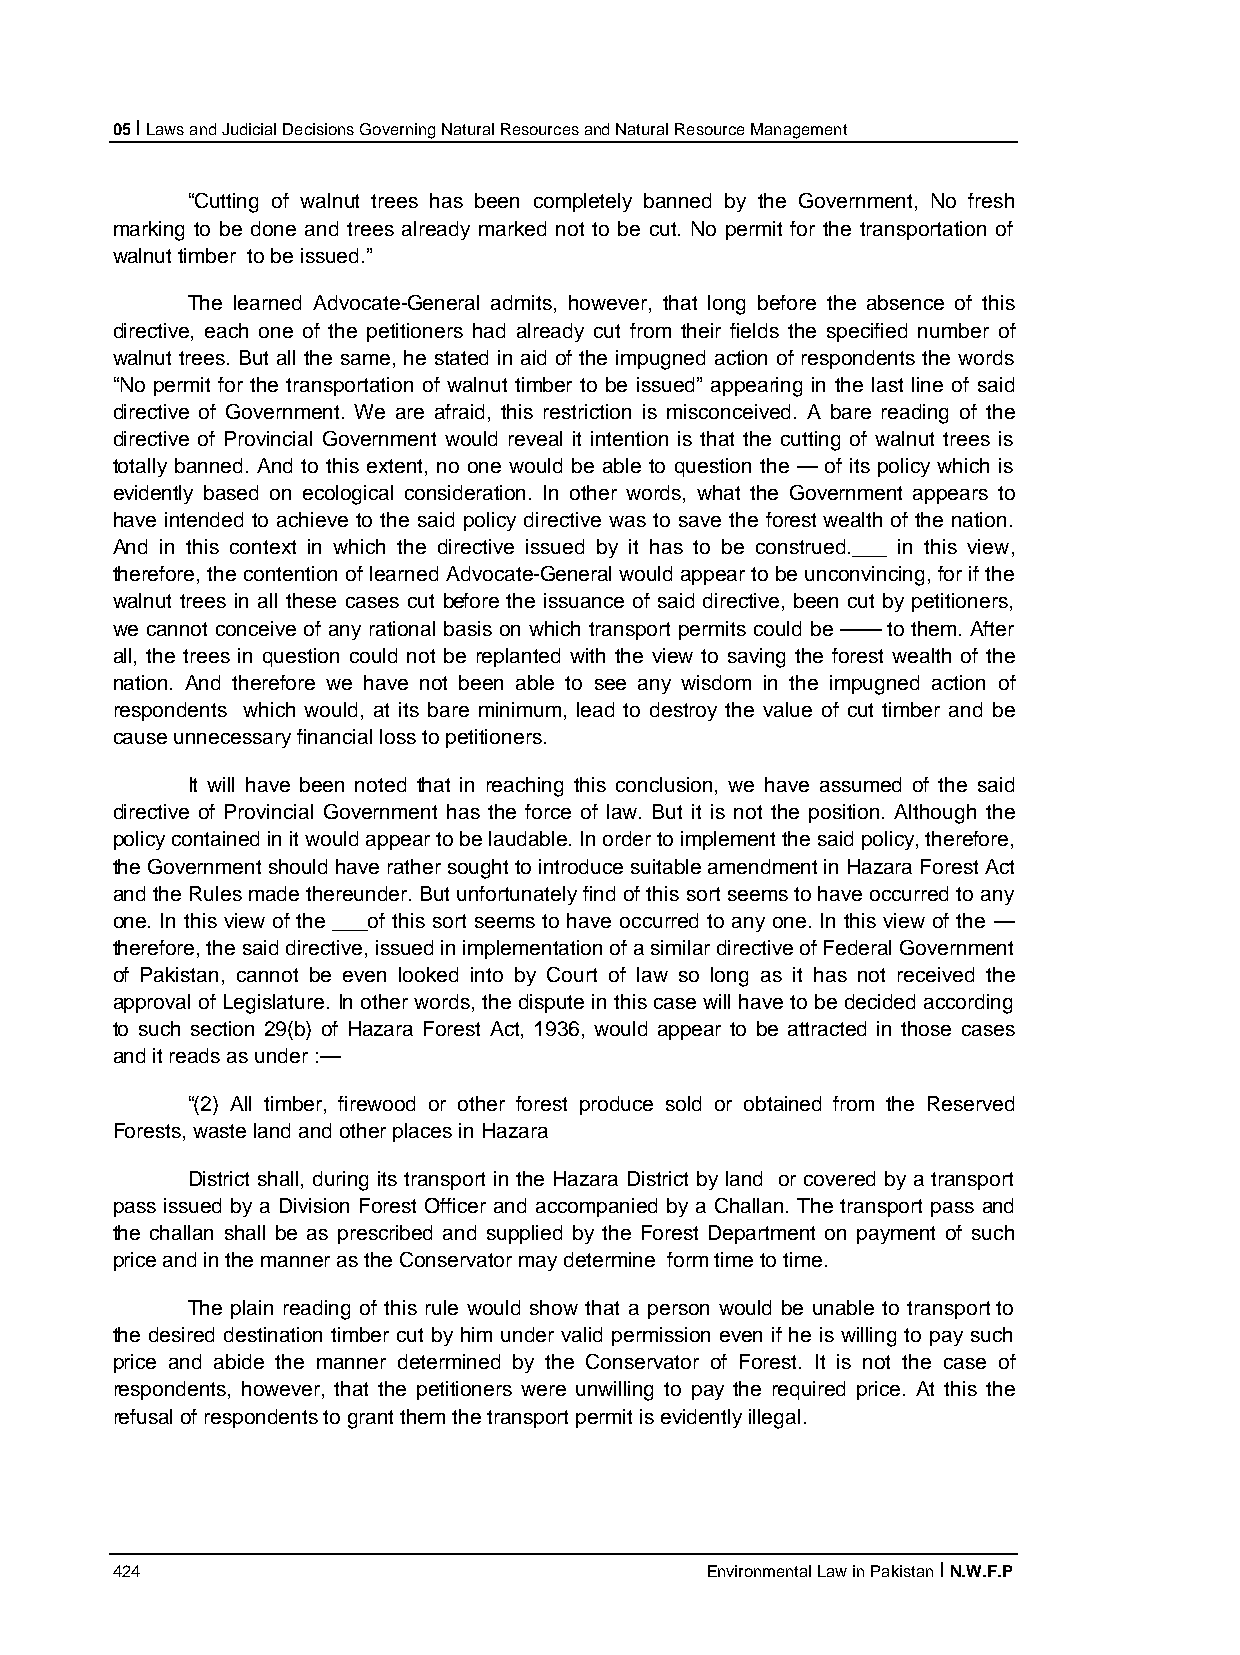
05 I Laws and Judicial Decisions Governing Natural Resources and Natural Resource Management
 “Cutting of walnut trees has been completely banned by the Government, No fresh
 marking to be done and trees already marked not to be cut. No permit for the transportation of
 walnut timber to be issued.”
 The learned Advocate-General admits, however, that long before the absence of this
 directive, each one of the petitioners had already cut from their fields the specified number of
 walnut trees. But all the same, he stated in aid of the impugned action of respondents the words
 “No permit for the transportation of walnut timber to be issued” appearing in the last line of said
 directive of Government. We are afraid, this restriction is misconceived. A bare reading of the
 directive of Provincial Government would reveal it intention is that the cutting of walnut trees is
 totally banned. And to this extent, no one would be able to question the — of its policy which is
 evidently based on ecological consideration. In other words, what the Government appears to
 have intended to achieve to the said policy directive was to save the forest wealth of the nation.
 And in this context in which the directive issued by it has to be construed.___ in this view,
 therefore, the contention of learned Advocate-General would appear to be unconvincing, for if the
 walnut trees in all these cases cut before the issuance of said directive, been cut by petitioners,
 we cannot conceive of any rational basis on which transport permits could be —— to them. After
 all, the trees in question could not be replanted with the view to saving the forest wealth of the
 nation. And therefore we have not been able to see any wisdom in the impugned action of
 respondents which would, at its bare minimum, lead to destroy the value of cut timber and be
 cause unnecessary financial loss to petitioners.
 It will have been noted that in reaching this conclusion, we have assumed of the said
 directive of Provincial Government has the force of law. But it is not the position. Although the
 policy contained in it would appear to be laudable. In order to implement the said policy, therefore,
 the Government should have rather sought to introduce suitable amendment in Hazara Forest Act
 and the Rules made thereunder. But unfortunately find of this sort seems to have occurred to any
 one. In this view of the ___of this sort seems to have occurred to any one. In this view of the —
 therefore, the said directive, issued in implementation of a similar directive of Federal Government
 of Pakistan, cannot be even looked into by Court of law so long as it has not received the
 approval of Legislature. In other words, the dispute in this case will have to be decided according
 to such section 29(b) of Hazara Forest Act, 1936, would appear to be attracted in those cases
 and it reads as under :—
 “(2) All timber, firewood or other forest produce sold or obtained from the Reserved
 Forests, waste land and other places in Hazara
 District shall, during its transport in the Hazara District by land or covered by a transport
 pass issued by a Division Forest Officer and accompanied by a Challan. The transport pass and
 the challan shall be as prescribed and supplied by the Forest Department on payment of such
 price and in the manner as the Conservator may determine form time to time.
 The plain reading of this rule would show that a person would be unable to transport to
 the desired destination timber cut by him under valid permission even if he is willing to pay such
 price and abide the manner determined by the Conservator of Forest. It is not the case of
 respondents, however, that the petitioners were unwilling to pay the required price. At this the
 refusal of respondents to grant them the transport permit is evidently illegal.
 424                                     Environmental Law in Pakistan I N.W.F.P